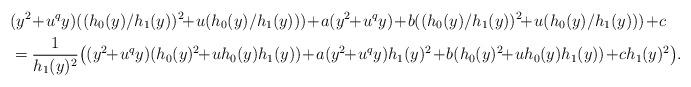
LaTeX: \begin{align*} &(y^2 \!+\! u^qy)((h_0(y)/h_1(y))^2 \!\!+\! u(h_0(y)/h_1(y))) \!+\! a(y^2 \!\!+\! u^qy) \!+\! b((h_0(y)/h_1(y))^2 \!\!+\! u(h_0(y)/h_1(y))) \!+\! c\\ &= \frac{1}{h_1(y)^2} \big( (y^2 \!\!+\! u^qy)(h_0(y)^2 \!\!+\! uh_0(y)h_1(y)) \!+\! a(y^2 \!\!+\! u^qy)h_1(y)^2 \!+\! b(h_0(y)^2 \!\!+\! uh_0(y)h_1(y)) \!+\! ch_1(y)^2\big).\end{align*}